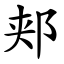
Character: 郏